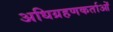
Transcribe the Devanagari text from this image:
अधिग्रहणकर्ताओं